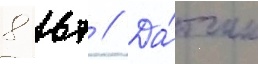
8 вт // Да́тчик